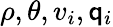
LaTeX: \rho,\theta,v_{i},\mathsf{q}_{i}